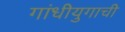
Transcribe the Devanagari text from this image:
गांधीयुगाची